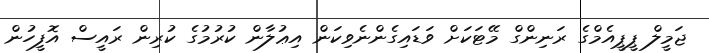
ޖަމީލް ޕީޕީއެމްގެެ ރަނިންގް މޭޓަކަށް ވަޑައިގެންނެވިކަން އިޢުލާން ކުރުމުގެ ކުރިން ރައީސް އޮފީހުން